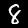
Label: 8